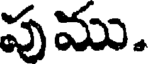
పుము.